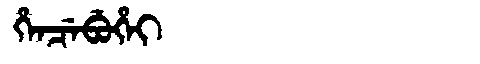
Manchu: ᡥᡝᠨᠴᡝᠪᡠᡥᡝᡳ
Romanization: HENCEBUHEI